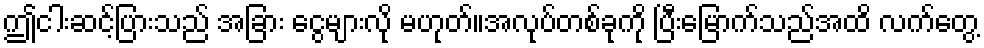
ဤငါးဆင့်ပြားသည် အခြား ငွေများလို မဟုတ်။အလုပ်တစ်ခုကို ပြီးမြောက်သည်အထိ လက်တွေ့